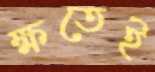
ক্ষতেই